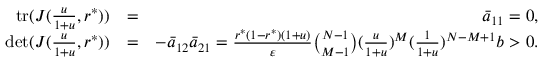
\begin{array} { r l r } { \mathrm { t r } ( J ( \frac { u } { 1 + u } , r ^ { * } ) ) } & { = } & { \bar { a } _ { 1 1 } = 0 , } \\ { \mathrm { d e t } ( J ( \frac { u } { 1 + u } , r ^ { * } ) ) } & { = } & { - \bar { a } _ { 1 2 } \bar { a } _ { 2 1 } = \frac { r ^ { * } ( 1 - r ^ { * } ) ( 1 + u ) } { \varepsilon } \binom { N - 1 } { M - 1 } ( \frac { u } { 1 + u } ) ^ { M } ( \frac { 1 } { 1 + u } ) ^ { N - M + 1 } b > 0 . } \end{array}